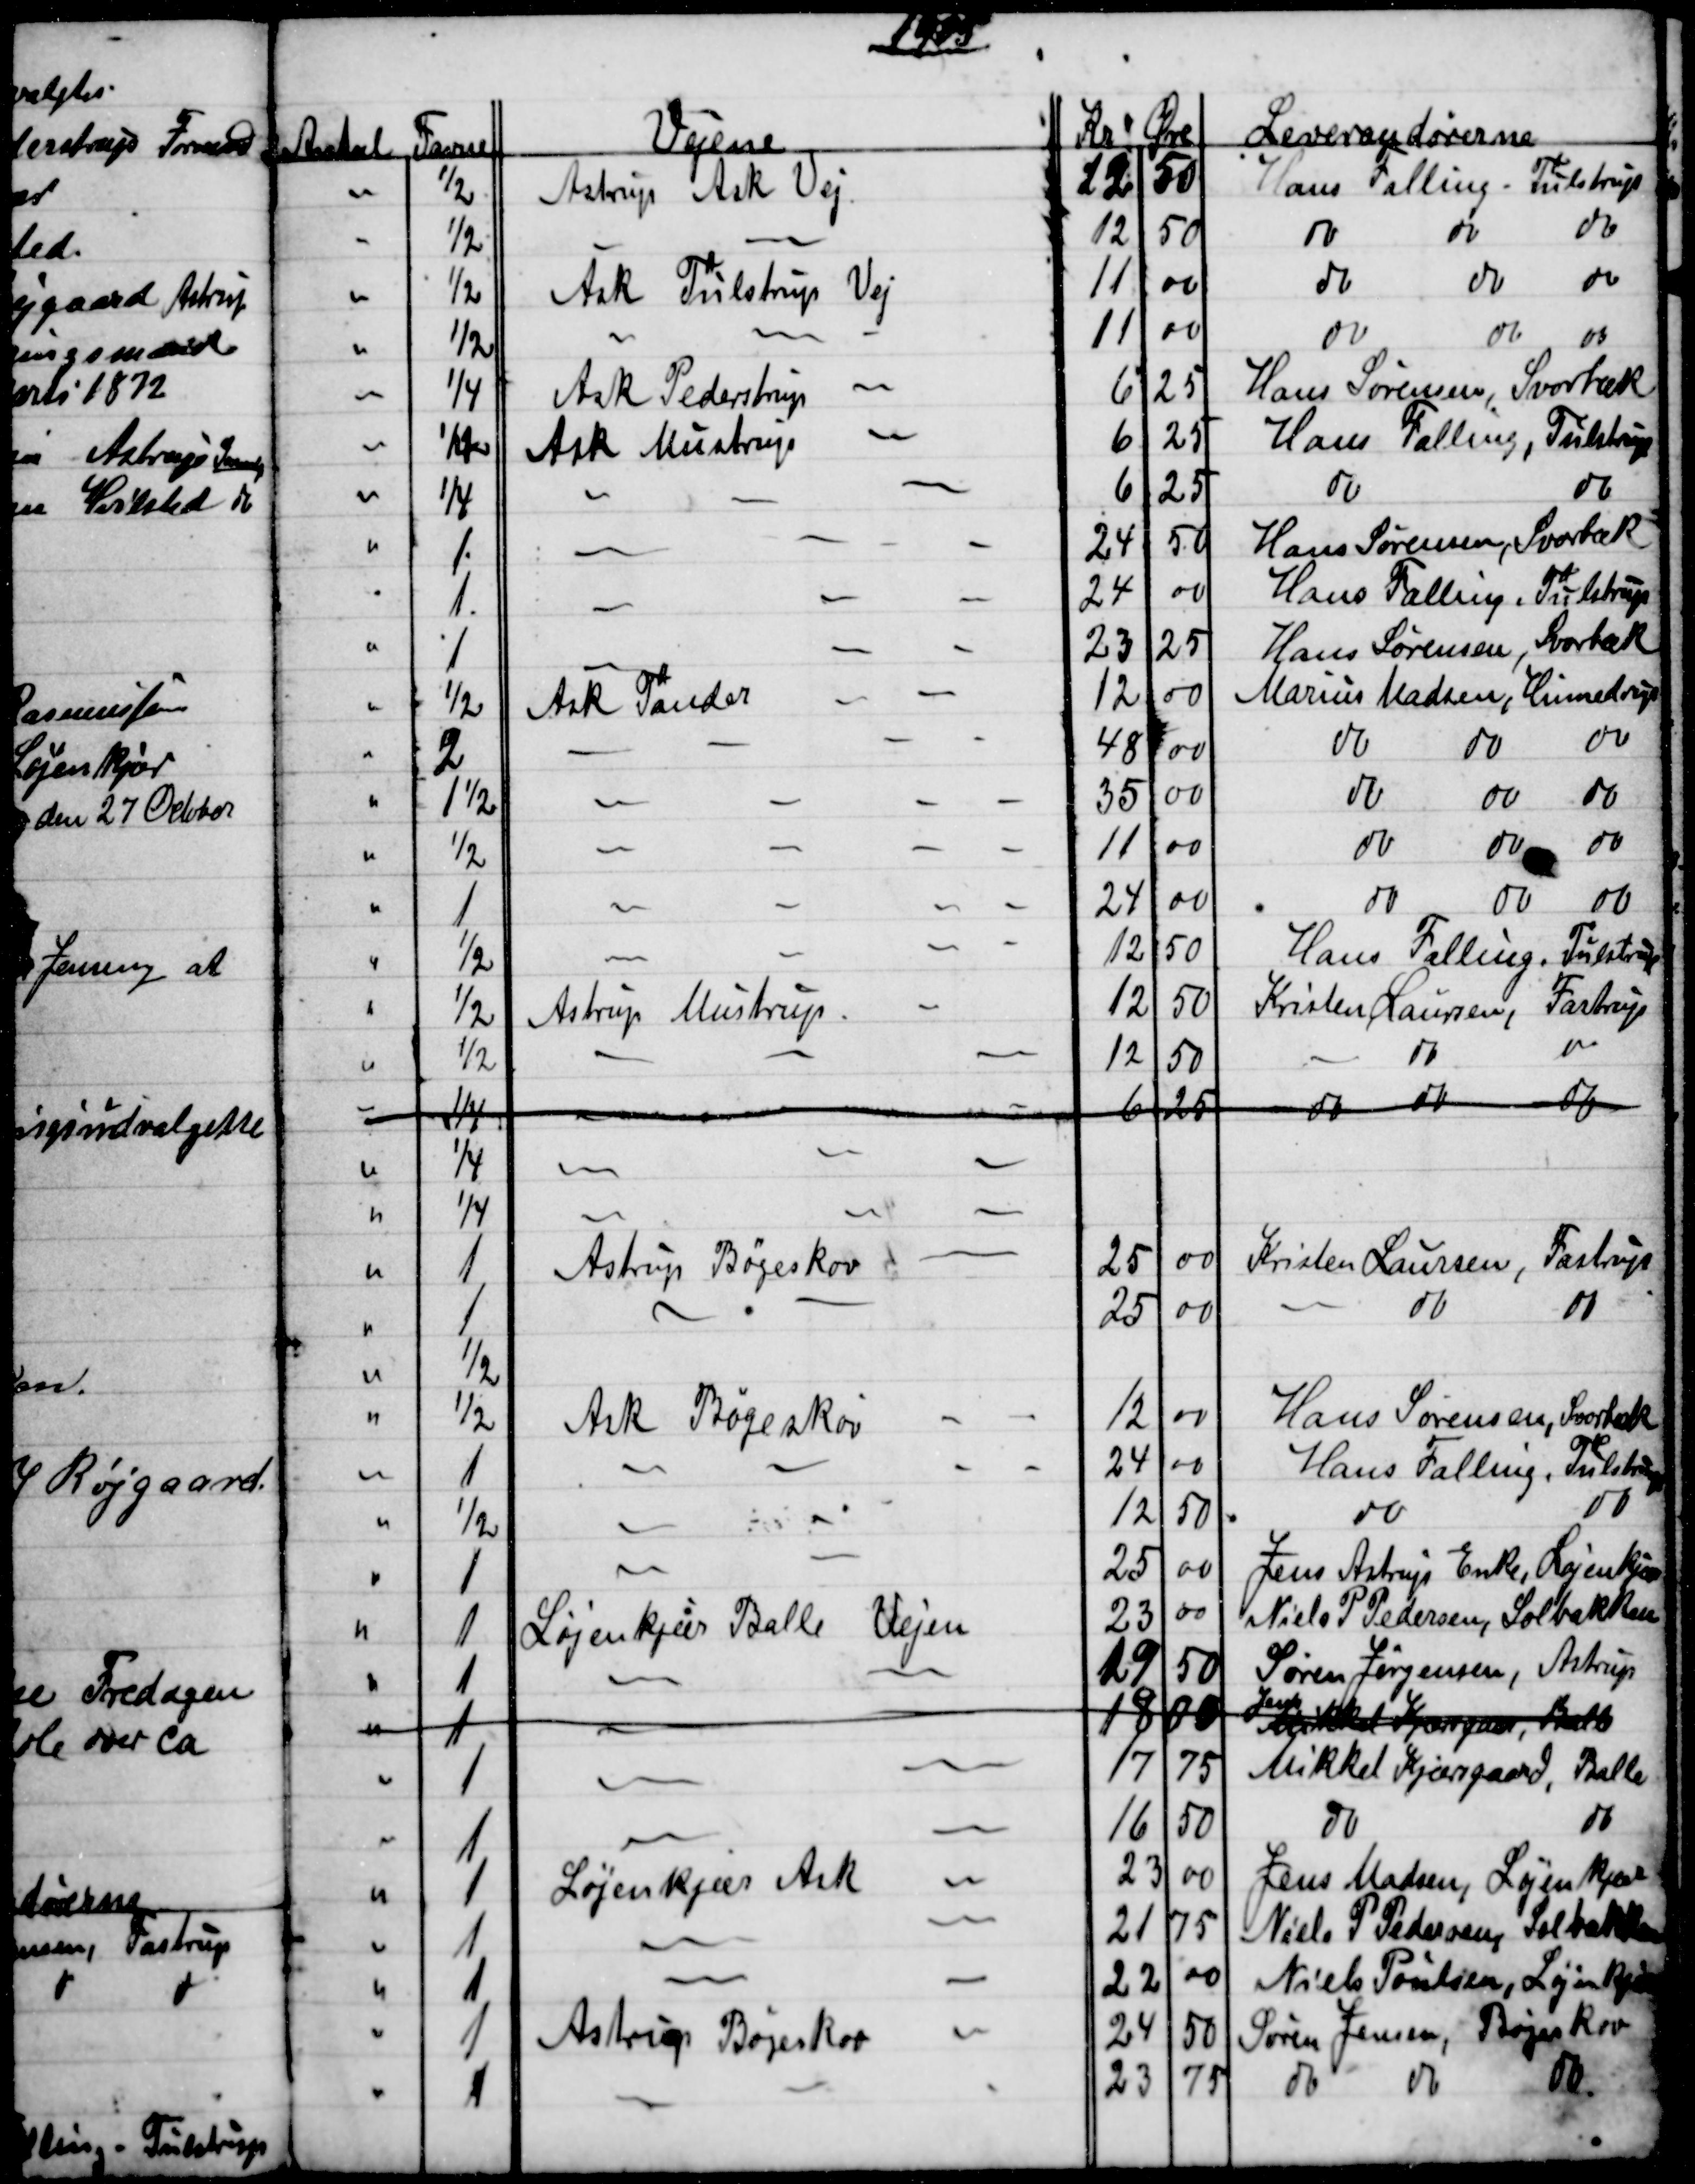
Transskription:
1905
Antal
Favne
Vejene
Kr
Øre
Leverandørerne
½
Astrup Ask Vej
12
50
Hans Falling - Tulstrup
½
12
50
do
do
do
½
Ask Tulstrup Vej
11
00
do
do
do
½
11
00
do
do
do
¼
Ask Pederstrup
6
25
Hans Sørensen Svorbæk
¼
Ask Mustrup
6
25
Hans Falling, Tulstrup
¼
6
25
do
do
1.
24
50
Hans Sørensen, Svorbæk
1.
24
00
Hans Falling, Tulstrup
1
23
25
Hans Sørensen, Svorbæk
½
Ask Tander
12
00
Marius Madsen Hinnedrup
2
48
00
do
do
do
1½
35
00
do
do
do
½
11
00
do
do
do
1
24
00
do
do
do
½
12
50
Hans Falling, Tulstrup
½
Astrup Mustrup
12
50
Kristen Laursen, Fastrup
½
12
50
do
do
1/4
6
25
do 
do
do
¼
¼
1
Astrup Bøgeskov
25
00
Kristen Laursen, Fastrup
1
25
00
do
do
½
½
Ask Bøgeskov
12
00
Hans Sørensen, Svorbæk
1
24
00
Hans Falling, Tulstrup
½
12
50
do
do
1
25
00
Jens Astrup Enke, Løjenkjær
1
Løjenkjær Balle Vejen
23
00
Niels P Pedersen, Solbakken
1
19
50
Søren Jørgensen, Astrup
1
18
00
Jens
Mikkel Kjærsgaard, Balle
1
17
75
Mikkel Kjærsgaard, Balle
1
16
50
do
do
1
Løjenkjær Ask
23
00
Jens Madsen, Løjenkjær
1
21
75
Niels P Pedersen, Solbakken
1
22
00
Niels Poulsen, Løjenkjær
1
Astrup Bøgeskov
24
50
Søren Jensen, Bøgeskov
1
23
75
do
do
do